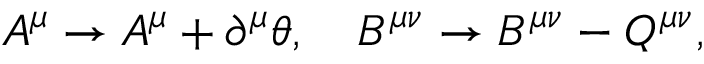
A ^ { \mu } \rightarrow A ^ { \mu } + \partial ^ { \mu } \theta , ~ ~ ~ B ^ { \mu \nu } \rightarrow B ^ { \mu \nu } - Q ^ { \mu \nu } ,